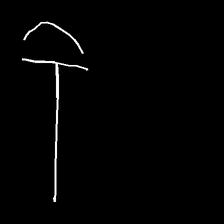
Glyph: dispersion